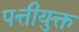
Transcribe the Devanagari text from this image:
पत्तीयुक्त